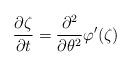
LaTeX: \begin{align*}\frac{\partial \zeta}{\partial t} = \frac{\partial^2}{\partial \theta^2} \varphi' (\zeta) \end{align*}